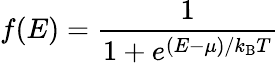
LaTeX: f(E)={\frac{1}{1+e^{{(E-\mu)}/{k_{\mathrm{{B}}}T}}}}